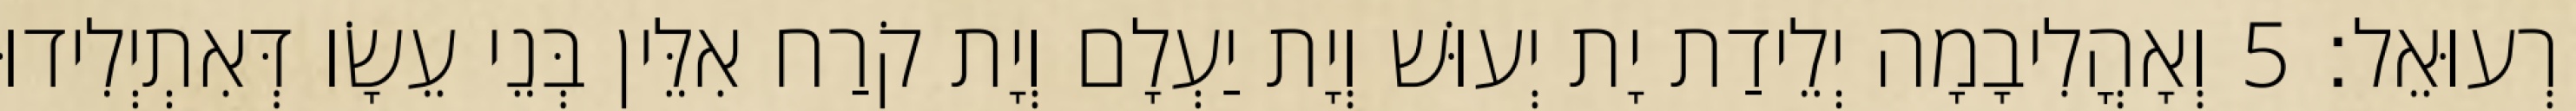
רְעוּאֵל׃ 5 וְאָהֳלִיבָמָה יְלֵידַת יָת יְעוּשׁ וְיָת יַעְלָם וְיָת קֹרַח אִלֵּין בְּנֵי עֵשָׂו דְּאִתְיְלִידוּ